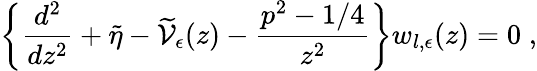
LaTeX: \left\{ \frac{d^{2}}{dz^{2}}+\widetilde{\eta}-\widetilde{\mathcal V}_{\epsilon}(z)-\frac{p^{2}-1/4}{z^{2}}\right\} w_{l,\epsilon}(z)=0\; ,